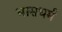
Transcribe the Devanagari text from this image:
भासधर्म